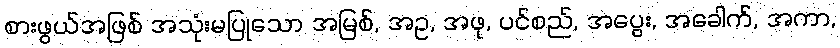
စားဖွယ်အဖြစ် အသုံးမပြုသော အမြစ်, အဥ, အဖု, ပင်စည်, အပွေး, အခေါက်, အကာ,